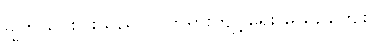
ချွတ်ယွင်းပါးသည်။ ။ တရားကျင့်ရေး မယဉ်ကျေး။